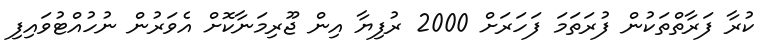
ކުރާ ފަރާތްތަކުން ފުރަތަމަ ފަހަރަށް 2000 ރުފިޔާ އިން ޖޫރިމަނާކޮށް އެވަރުން ނުހުއްޓުވައިފި